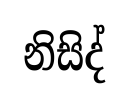
නිසිද්